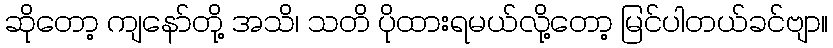
ဆိုတော့ ကျနော်တို့ အသိ၊ သတိ ပိုထားရမယ်လို့တော့ မြင်ပါတယ်ခင်ဗျာ။